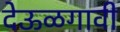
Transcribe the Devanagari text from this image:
देऊळगावी